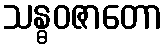
သန္ဓဝဇာတော